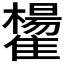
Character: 𩁒